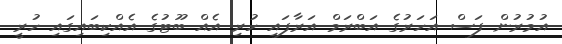
އުމުރުން ފަސް އަހަރުގެ އަބްރަމް އަރާފައި ހުރި އެއް ބޫޓުގެ އެއްކިބައިގައި ހުރީ